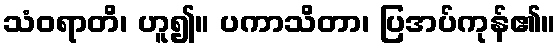
သံဝရာတိ၊ ဟူ၍။ ပကာသိတာ၊ ပြအပ်ကုန်၏။